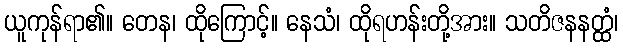
ယူကုန်ရာ၏။ တေန၊ ထိုကြောင့်။ နေသံ၊ ထိုရဟန်းတို့အား။ သတိဇနနတ္ထံ၊